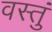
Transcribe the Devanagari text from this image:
वस्तुं